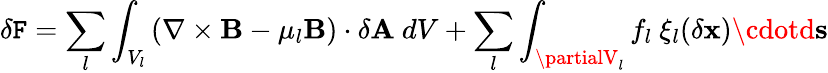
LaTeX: \delta\mathtt{F}=\sum_{l}\int_{V_{l}}\left(\nabla\times\mathbf{{B}}-\mu_{l}\mathbf{{B}}\right)\cdot\delta\mathbf{{A}}\ dV+\sum_{l}\int_{\partialV_{l}}f_{l}\ \mathbf{{\xi}}_{l}(\delta\mathbf{{x}})\cdotd\mathbf{{s}}